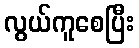
လွယ်ကူစေပြီး